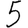
Digit: 5